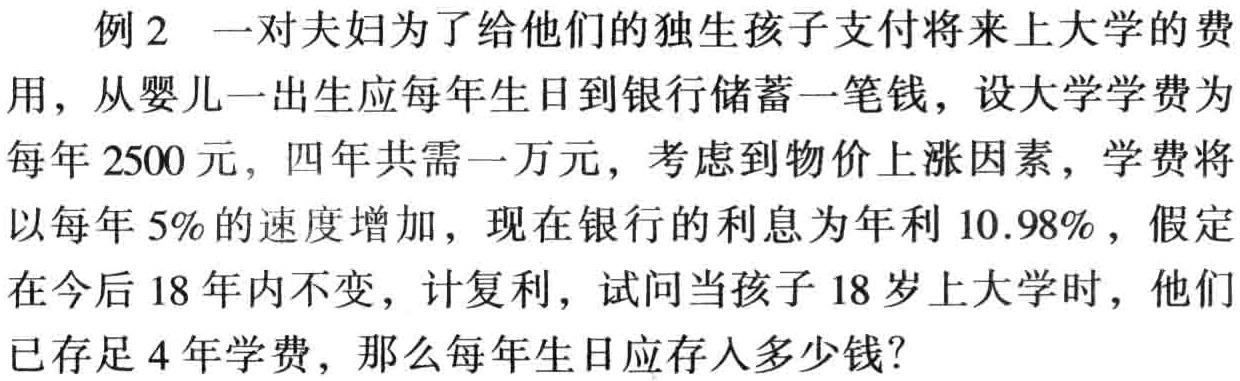
例2 一对夫妇为了给他们的独生孩子支付将来上大学的费用，从婴儿一出生应每年生日到银行储蓄一笔钱，设大学学费为每年2500元，四年共需一万元，考虑到物价上涨因素，学费将以每年5%的速度增加，现在银行的利息为年利10.98%，假定在今后18年内不变，计复利，试问当孩子18岁上大学时，他们已存足4年学费，那么每年生日应存入多少钱？